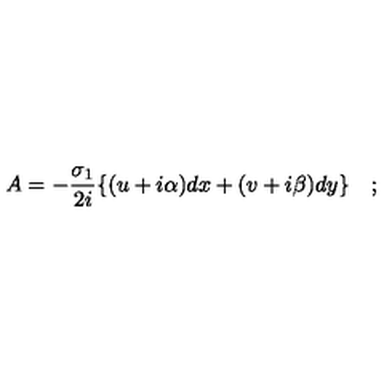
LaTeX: A = - \frac { \sigma _ { 1 } } { 2 i } \{ ( u + i \alpha ) d x + ( v + i \beta ) d y \} \quad ;